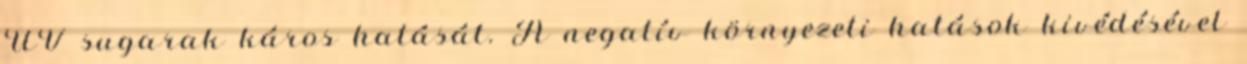
UV sugarak káros hatását. A negatív környezeti hatások kivédésével